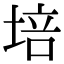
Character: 培